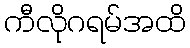
ကီလိုဂရမ်အထိ